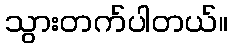
သွားတက်ပါတယ်။